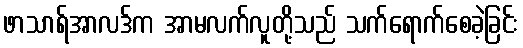
ဖာသာရ်အာလဒ်က အာမလက်လူတို့သည် သက်ရောက်စေခဲ့ခြင်း